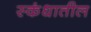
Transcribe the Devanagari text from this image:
स्कंधातील